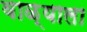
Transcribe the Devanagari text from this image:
वाळ्याला